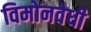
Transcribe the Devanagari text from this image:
विमोनवेधी